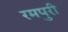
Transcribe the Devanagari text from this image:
रमपुरी